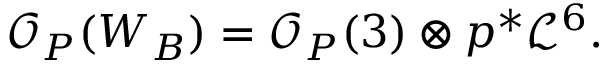
{ \mathcal O } _ { P } ( W _ { B } ) = { \mathcal O } _ { P } ( 3 ) \otimes p ^ { * } { \mathcal L } ^ { 6 } .